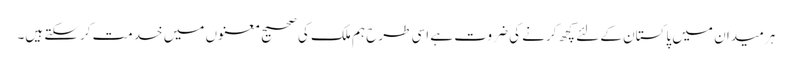
ہر میدان میں پاکستان کے لئے کچھ کرنے کی ضروت ہے اسی طرح ہم ملک کی صحیح معنوں میں خدمت کرسکتے ہیں۔